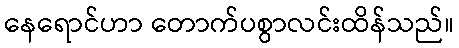
နေရောင်ဟာ တောက်ပစွာလင်းထိန်သည်။